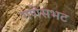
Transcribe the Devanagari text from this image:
गणेसभट